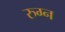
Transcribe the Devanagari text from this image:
रुग्न